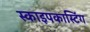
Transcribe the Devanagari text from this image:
स्काइपकास्टिंग